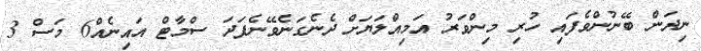
ނިދަން ބޭނުންވެފައި ހުރި މިންވަރު އަމިއްލަޔަށް ދެނެގަނެވޭނެފަދަ ސްމާޓް އައިނެއް6 މަސް 3